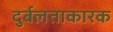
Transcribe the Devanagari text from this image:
दुर्बलताकारक